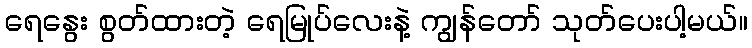
ရေနွေး စွတ်ထားတဲ့ ရေမြုပ်လေးနဲ့ ကျွန်တော် သုတ်ပေးပါ့မယ်။